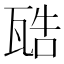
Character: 𤭚